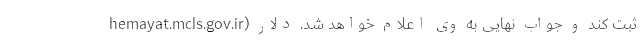
hemayat.mcls.gov.ir) ثبت کند و جواب نهایی به وی اعلام خواهد شد. دلار